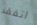
اتفقد